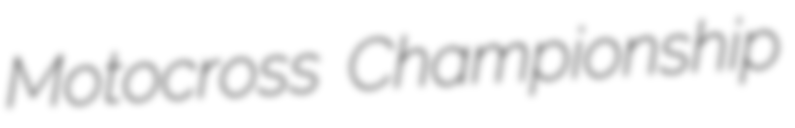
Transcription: Motocross Championship